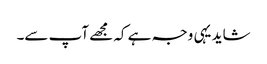
شاید یہی وجہ ہے کہ مجھے آپ سے۔